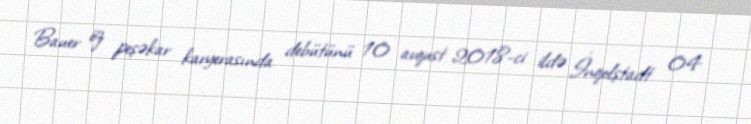
Bauer öz peşəkar karyerasında debütünü 10 avqust 2018-ci ildə İnqolştadt 04